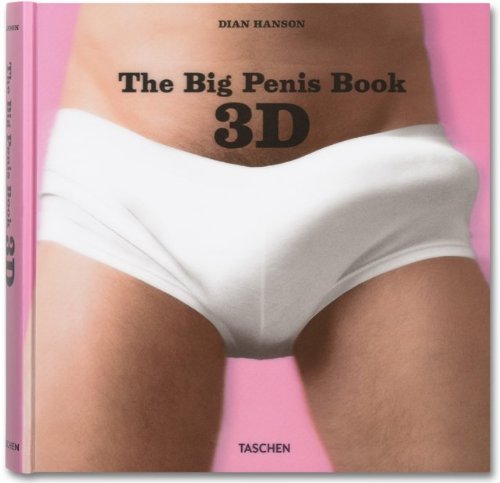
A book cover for The Big Penis Book 3D; Arts & Photography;